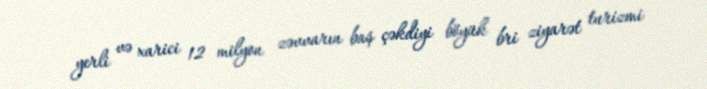
yerli və xarici 12 milyon zəvvarın baş çəkdiyi böyük bri ziyarət turizmi